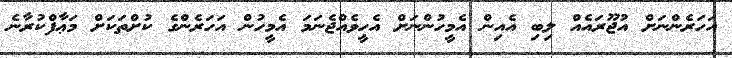
އަހަރެންނަށް އުޖޫރައެއް ލިބި އެއިން އެމީހުންނަށް އެހީވެއްޖެނަމަ އެމީހުން އަހަރެންގެ ކުށްތަކަށް މަޢާފްކުރާނެ